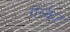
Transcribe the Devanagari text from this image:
गॅस्केट